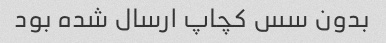
بدون سس کچاپ ارسال شده بود